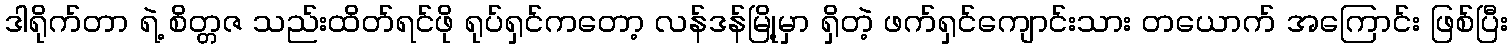
ဒါရိုက်တာ ရဲ့ စိတ္တဇ သည်းထိတ်ရင်ဖို ရုပ်ရှင်ကတော့ လန်ဒန်မြို့မှာ ရှိတဲ့ ဖက်ရှင်ကျောင်းသား တယောက် အကြောင်း ဖြစ်ပြီး